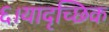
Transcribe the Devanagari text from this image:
६।यादृच्छिक